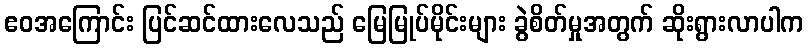
ဧဝအကြောင်း ပြင်ဆင်ထားလေသည် မြေမြုပ်မိုင်းများ ခွဲစိတ်မှုအတွက် ဆိုးရွားလာပါက